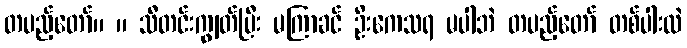
တပည့်တော်။ ။ သီတင်းကျွတ်ပြီး မကြာခင် ဦးကေသရ မပါဘဲ တပည့်တော် တစ်ပါးထဲ